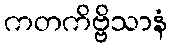
ကတကိဗ္ဗိသာနံ